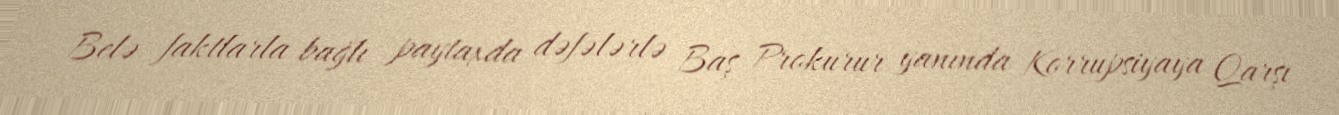
Belə faktlarla bağlı paytaxda dəfələrlə Baş Prokurur yanında Korrupsiyaya Qarşı